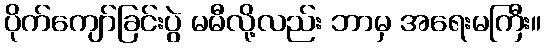
ပိုက်ကျော်ခြင်းပွဲ မမီလို့လည်း ဘာမှ အရေးမကြီး။